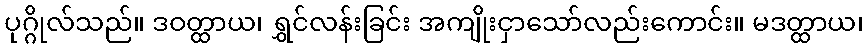
ပုဂ္ဂိုလ်သည်။ ဒဝတ္ထာယ၊ ရွှင်လန်းခြင်း အကျိုးငှာသော်လည်းကောင်း။ မဒတ္ထာယ၊